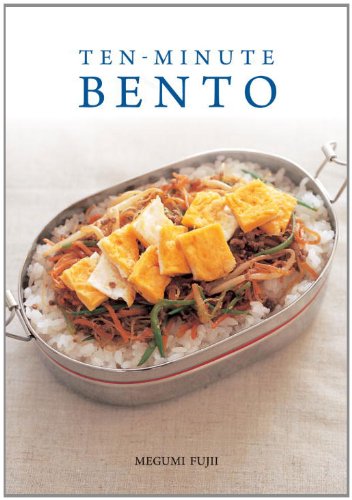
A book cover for Ten-Minute Bento; Megumi Fujii; Cookbooks, Food & Wine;